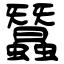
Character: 蠶